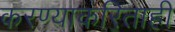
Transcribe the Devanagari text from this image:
करण्याकरिताही